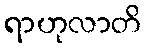
ရာဟုလာတိ